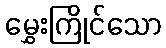
မွှေးကြိုင်သော